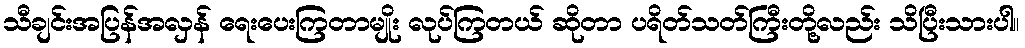
သီချင်းအပြန်အလှန် ရေးပေးကြတာမျိုး လုပ်ကြတယ် ဆိုတာ ပရိတ်သတ်ကြီးတို့လည်း သိပြီးသားပါ။